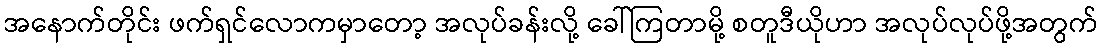
အနောက်တိုင်း ဖက်ရှင်လောကမှာတော့ အလုပ်ခန်းလို့ ခေါ်ကြတာမို့ စတူဒီယိုဟာ အလုပ်လုပ်ဖို့အတွက်